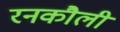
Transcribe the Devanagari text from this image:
रनकौली